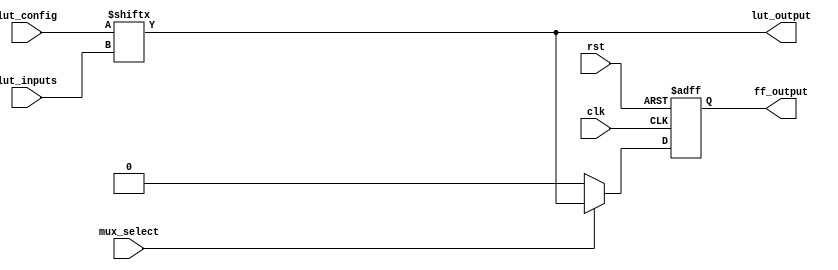
module CLB (
    input wire [3:0] lut_inputs,    // 4-bit input for LUT
    input wire [15:0] lut_config,    // LUT configuration (truth table)
    input wire mux_select,           // MUX select signal
    input wire clk,                  // Clock signal
    input wire rst,                  // Reset signal
    output wire lut_output,          // Output from LUT
    output wire ff_output            // Output from Flip-Flop
);

// Look-Up Table (LUT)
wire [3:0] lut_index;
assign lut_index = lut_inputs; // Directly using inputs as index

// LUT output based on configuration
assign lut_output = lut_config[lut_index];

// Multiplexer to select between LUT output and another input
wire mux_output;
assign mux_output = mux_select ? lut_output : 1'b0; // Example: select between LUT output and 0

// Flip-Flop to store the output of the MUX
reg ff_reg;
always @(posedge clk or posedge rst) begin
    if (rst) begin
        ff_reg <= 1'b0; // Reset state
    end else begin
        ff_reg <= mux_output; // Store MUX output
    end
end

assign ff_output = ff_reg; // Output from Flip-Flop

endmodule